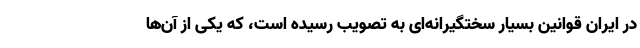
در ایران قوانین بسیار سختگیرانه‌ای به تصویب رسیده است، که یکی از آن‌ها